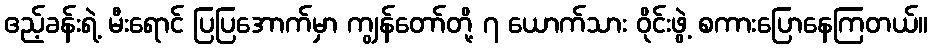
ဧည့်ခန်းရဲ့ မီးရောင် ပြပြအောက်မှာ ကျွန်တော်တို့ ၇ ယောက်သား ဝိုင်းဖွဲ့ စကားပြောနေကြတယ်။